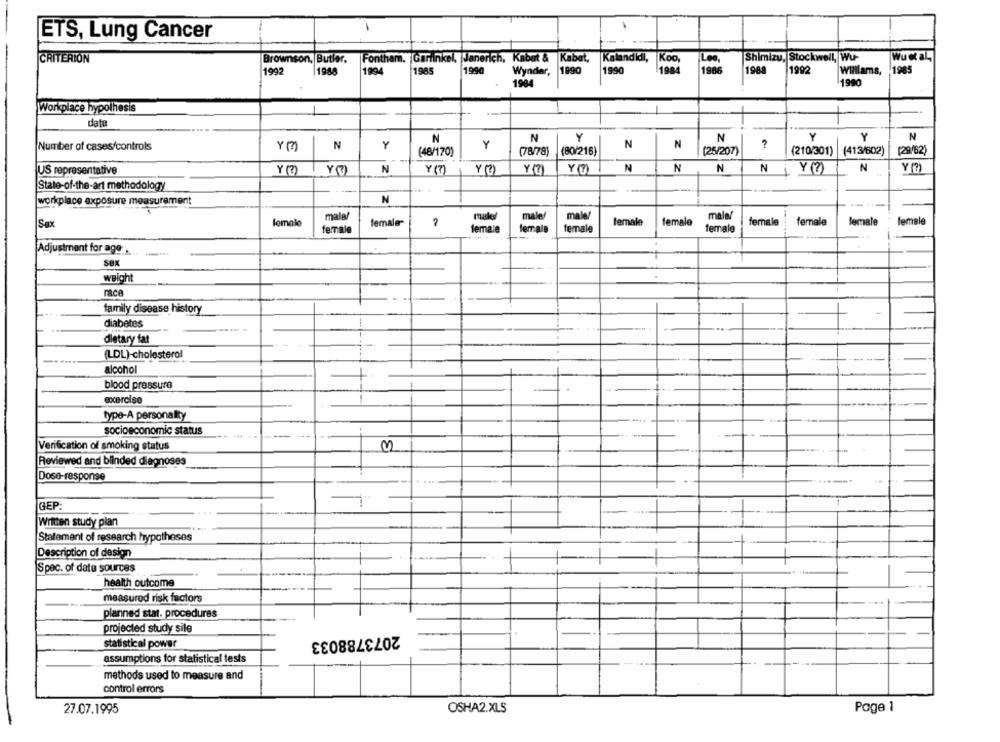
ETS, Lung Cancer
CRITERION
Brownson, Butler,
Fontham. Garfinkel, Janerich, Kabet & Kabat,
Kalandidi, Koo,
Shimizu, Stockwell, Wu-
Wu etal.
Koo,
Les,
1992
1988
1994
1985
1990
Wynder,
1890
1990
1984
1986
1988
1992
Willlams,
1985
1984
1990
Workplace hypothesis
data
N
N
Y
N
Y
N
Number of cases/controls
Y (3)
N
Y
Y
N
N
-
(48/170)
(78/78)
(80/216)
(25/207)
(210/301)
(413/602)
[29/62)
US representative
N
Y (7)
Y(7)
Y(0)
N
N
N
N
N
Y(?
Y (7)
State-of-the-art methodology
workplace exposure measurement
N
---
mala/
makey
maler
male/
lomalo
female-
male!
lemale
female
female
female
lemale
female
Sex
female
female
female
female
female
Adjustment for age .
sex
weight
race
family disease history
-
diabetes
-
dietary fat
(LDL)-cholesterol
alcohol
--
blood pressure
exerolso
type-A personality
socioeconomic status
Verification of smoking status
Reviewed and blinded diagnoses
Dose-response
GEP:
Written study plan
Statement of research hypotheses
Description of design
Spec. of data sources
health outcome
measured risk factors
planned stat. procedures
projected study sile
2073788033
statistical power
assumptions for statistical tests
methods used to measure and
control errors
27.07.1995
OSHA2.XLS
Page 1